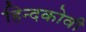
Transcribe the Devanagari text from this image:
हिन्दकोवी